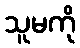
သူမကို